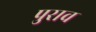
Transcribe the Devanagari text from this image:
पुराव